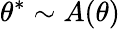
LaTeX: \theta^{*}\sim A(\theta)